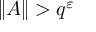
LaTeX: \| A \| > q ^ { \varepsilon }